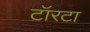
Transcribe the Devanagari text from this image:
टॉरटा